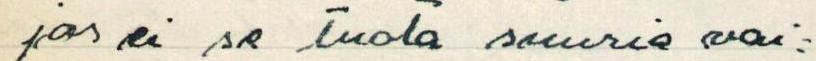
jos ei se tuota suuria vai=